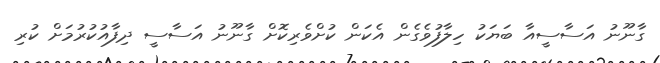
ގާނޫނު އަސާސީއާ ބަޔަކު ހިލާފުވެގެން އެކަން ކުށްވެރިކޮށް ގާނޫނު އަސާސީ ދިފާއުކުރުމަށް ކުރި